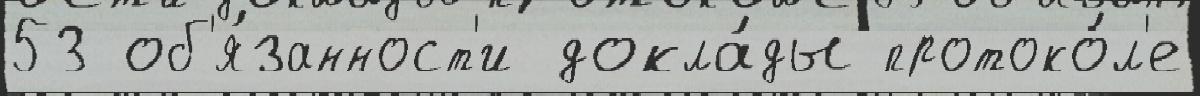
53 об'я́занност'и докла́ды протоко́л'е